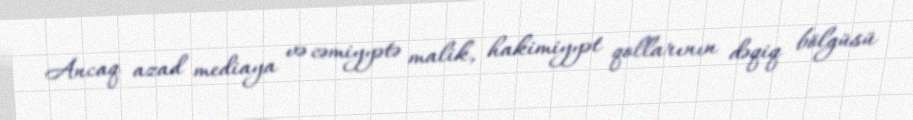
Ancaq azad mediaya və cəmiyyətə malik, hakimiyyət qollarının dəqiq bölgüsü